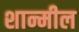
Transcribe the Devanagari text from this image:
शान्मील